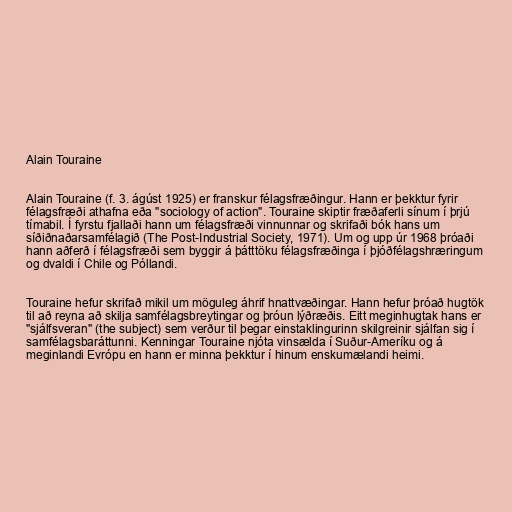
Alain Touraine

Alain Touraine (f. 3. ágúst 1925) er franskur félagsfræðingur. Hann er þekktur fyrir
félagsfræði athafna eða "sociology of action". Touraine skiptir fræðaferli sínum í þrjú
tímabil. Í fyrstu fjallaði hann um félagsfræði vinnunnar og skrifaði bók hans um
síðiðnaðarsamfélagið (The Post-Industrial Society, 1971). Um og upp úr 1968 þróaði
hann aðferð í félagsfræði sem byggir á þátttöku félagsfræðinga í þjóðfélagshræringum
og dvaldi í Chile og Póllandi.

Touraine hefur skrifað mikil um möguleg áhrif hnattvæðingar. Hann hefur þróað hugtök
til að reyna að skilja samfélagsbreytingar og þróun lýðræðis. Eitt meginhugtak hans er
"sjálfsveran" (the subject) sem verður til þegar einstaklingurinn skilgreinir sjálfan sig í
samfélagsbaráttunni. Kenningar Touraine njóta vinsælda í Suður-Ameríku og á
meginlandi Evrópu en hann er minna þekktur í hinum enskumælandi heimi.